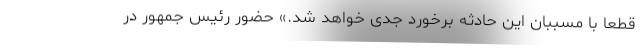
قطعا با مسببان این حادثه برخورد جدی خواهد شد.» حضور رئیس جمهور در